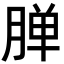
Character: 𬂅